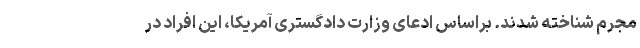
مجرم شناخته شدند. براساس ادعای وزارت دادگستری آمریکا، این افراد در